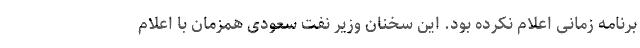
برنامه زمانی اعلام نکرده بود. این سخنان وزیر نفت سعودی همزمان با اعلام